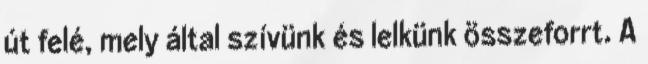
út felé, mely által szívünk és lelkünk összeforrt. A